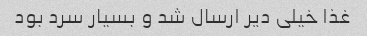
غذا خیلی دیر ارسال شد و بسیار سرد بود